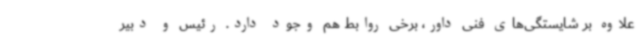
علاوه بر شایستگی‌های فنی داور، برخی روابط هم وجود دارد. رئیس و دبیر